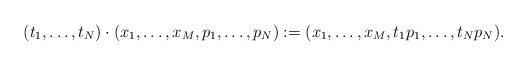
LaTeX: \begin{align*}(t_1,\dots,t_N)\cdot(x_1,\dots,x_M,p_1,\dots,p_N):=(x_1,\dots,x_M,t_1p_1,\dots,t_Np_N).\end{align*}